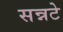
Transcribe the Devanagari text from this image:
सन्नटे